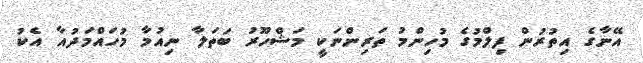
އޭނާގެ އިތުރުން ފިލްމުގެ މުހިންމު ތަރިންނަކީ މަޝްހޫރު ބަތަލާ ނިއުމާ މުހައްމަދުއާ އެކު